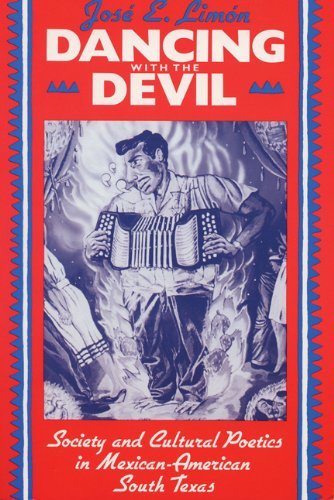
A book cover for Dancing with the Devil: Society and Cultural Poetics in Mexican-American South Texas (New Directions in Anthro Writing); Jose Limon; Religion & Spirituality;